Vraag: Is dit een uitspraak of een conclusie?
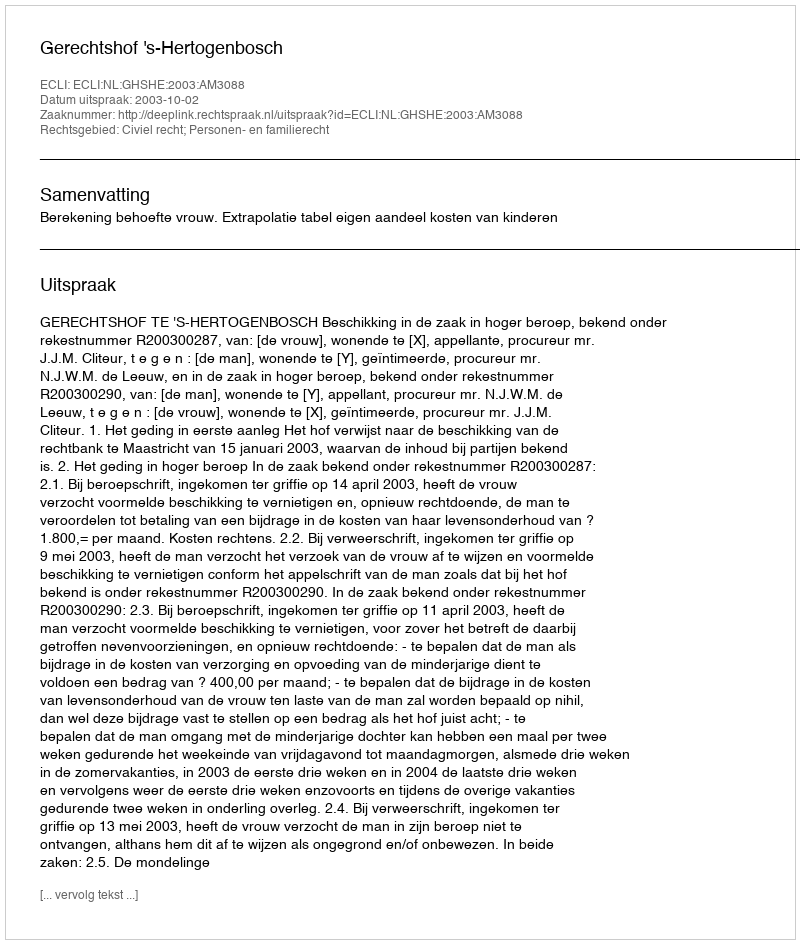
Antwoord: Uitspraak